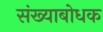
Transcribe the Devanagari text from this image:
संख्याबोधक